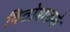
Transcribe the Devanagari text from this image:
विठोबाकडे